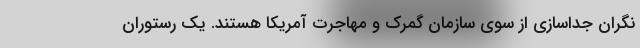
نگران جداسازی از سوی سازمان گمرک و مهاجرت آمریکا هستند. یک رستوران